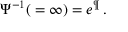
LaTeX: \Psi ^ { - 1 } ( \l = \infty ) = e ^ { \P } \, .